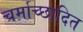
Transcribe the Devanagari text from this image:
चर्माच्छादित